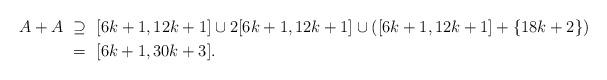
LaTeX: \begin{align*}A+A & \ \supseteq\ [6k+1,12k+1] \cup 2[6k+1,12k+1] \cup ([6k+1,12k+1]+\{18k+2\})\\& \ = \ [6k+1,30k+3]. \end{align*}